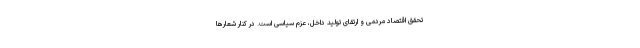
تحقق اقتصاد مردمی و ارتقای تولید داخل، عزم سیاسی است. در کنار شعارها